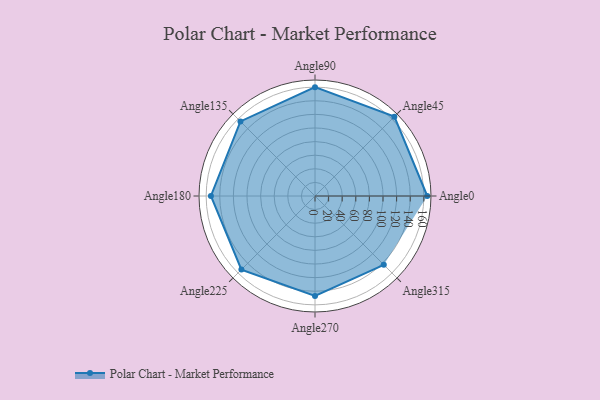
{"axis": {"x": "Angle", "y": "Radius"}, "legend": [""], "data": [{"x": "Angle0", "y": 165.0, "type": ""}, {"x": "Angle45", "y": 165.0, "type": ""}, {"x": "Angle90", "y": 160.0, "type": ""}, {"x": "Angle135", "y": 155.0, "type": ""}, {"x": "Angle180", "y": 153.0, "type": ""}, {"x": "Angle225", "y": 153.0, "type": ""}, {"x": "Angle270", "y": 147.0, "type": ""}, {"x": "Angle315", "y": 143.0, "type": ""}]}